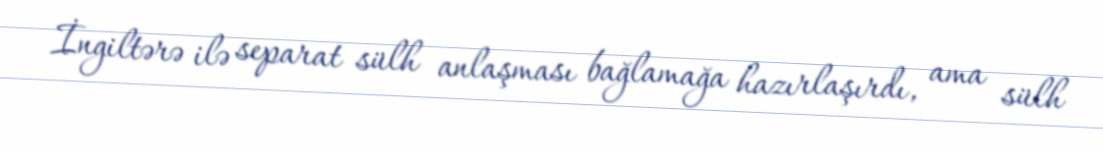
İngiltərə ilə separat sülh anlaşması bağlamağa hazırlaşırdı, ama sülh